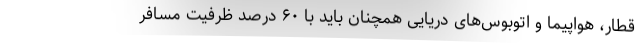
قطار، هواپیما و اتوبوس‌های دریایی همچنان باید با ۶۰ درصد ظرفیت مسافر